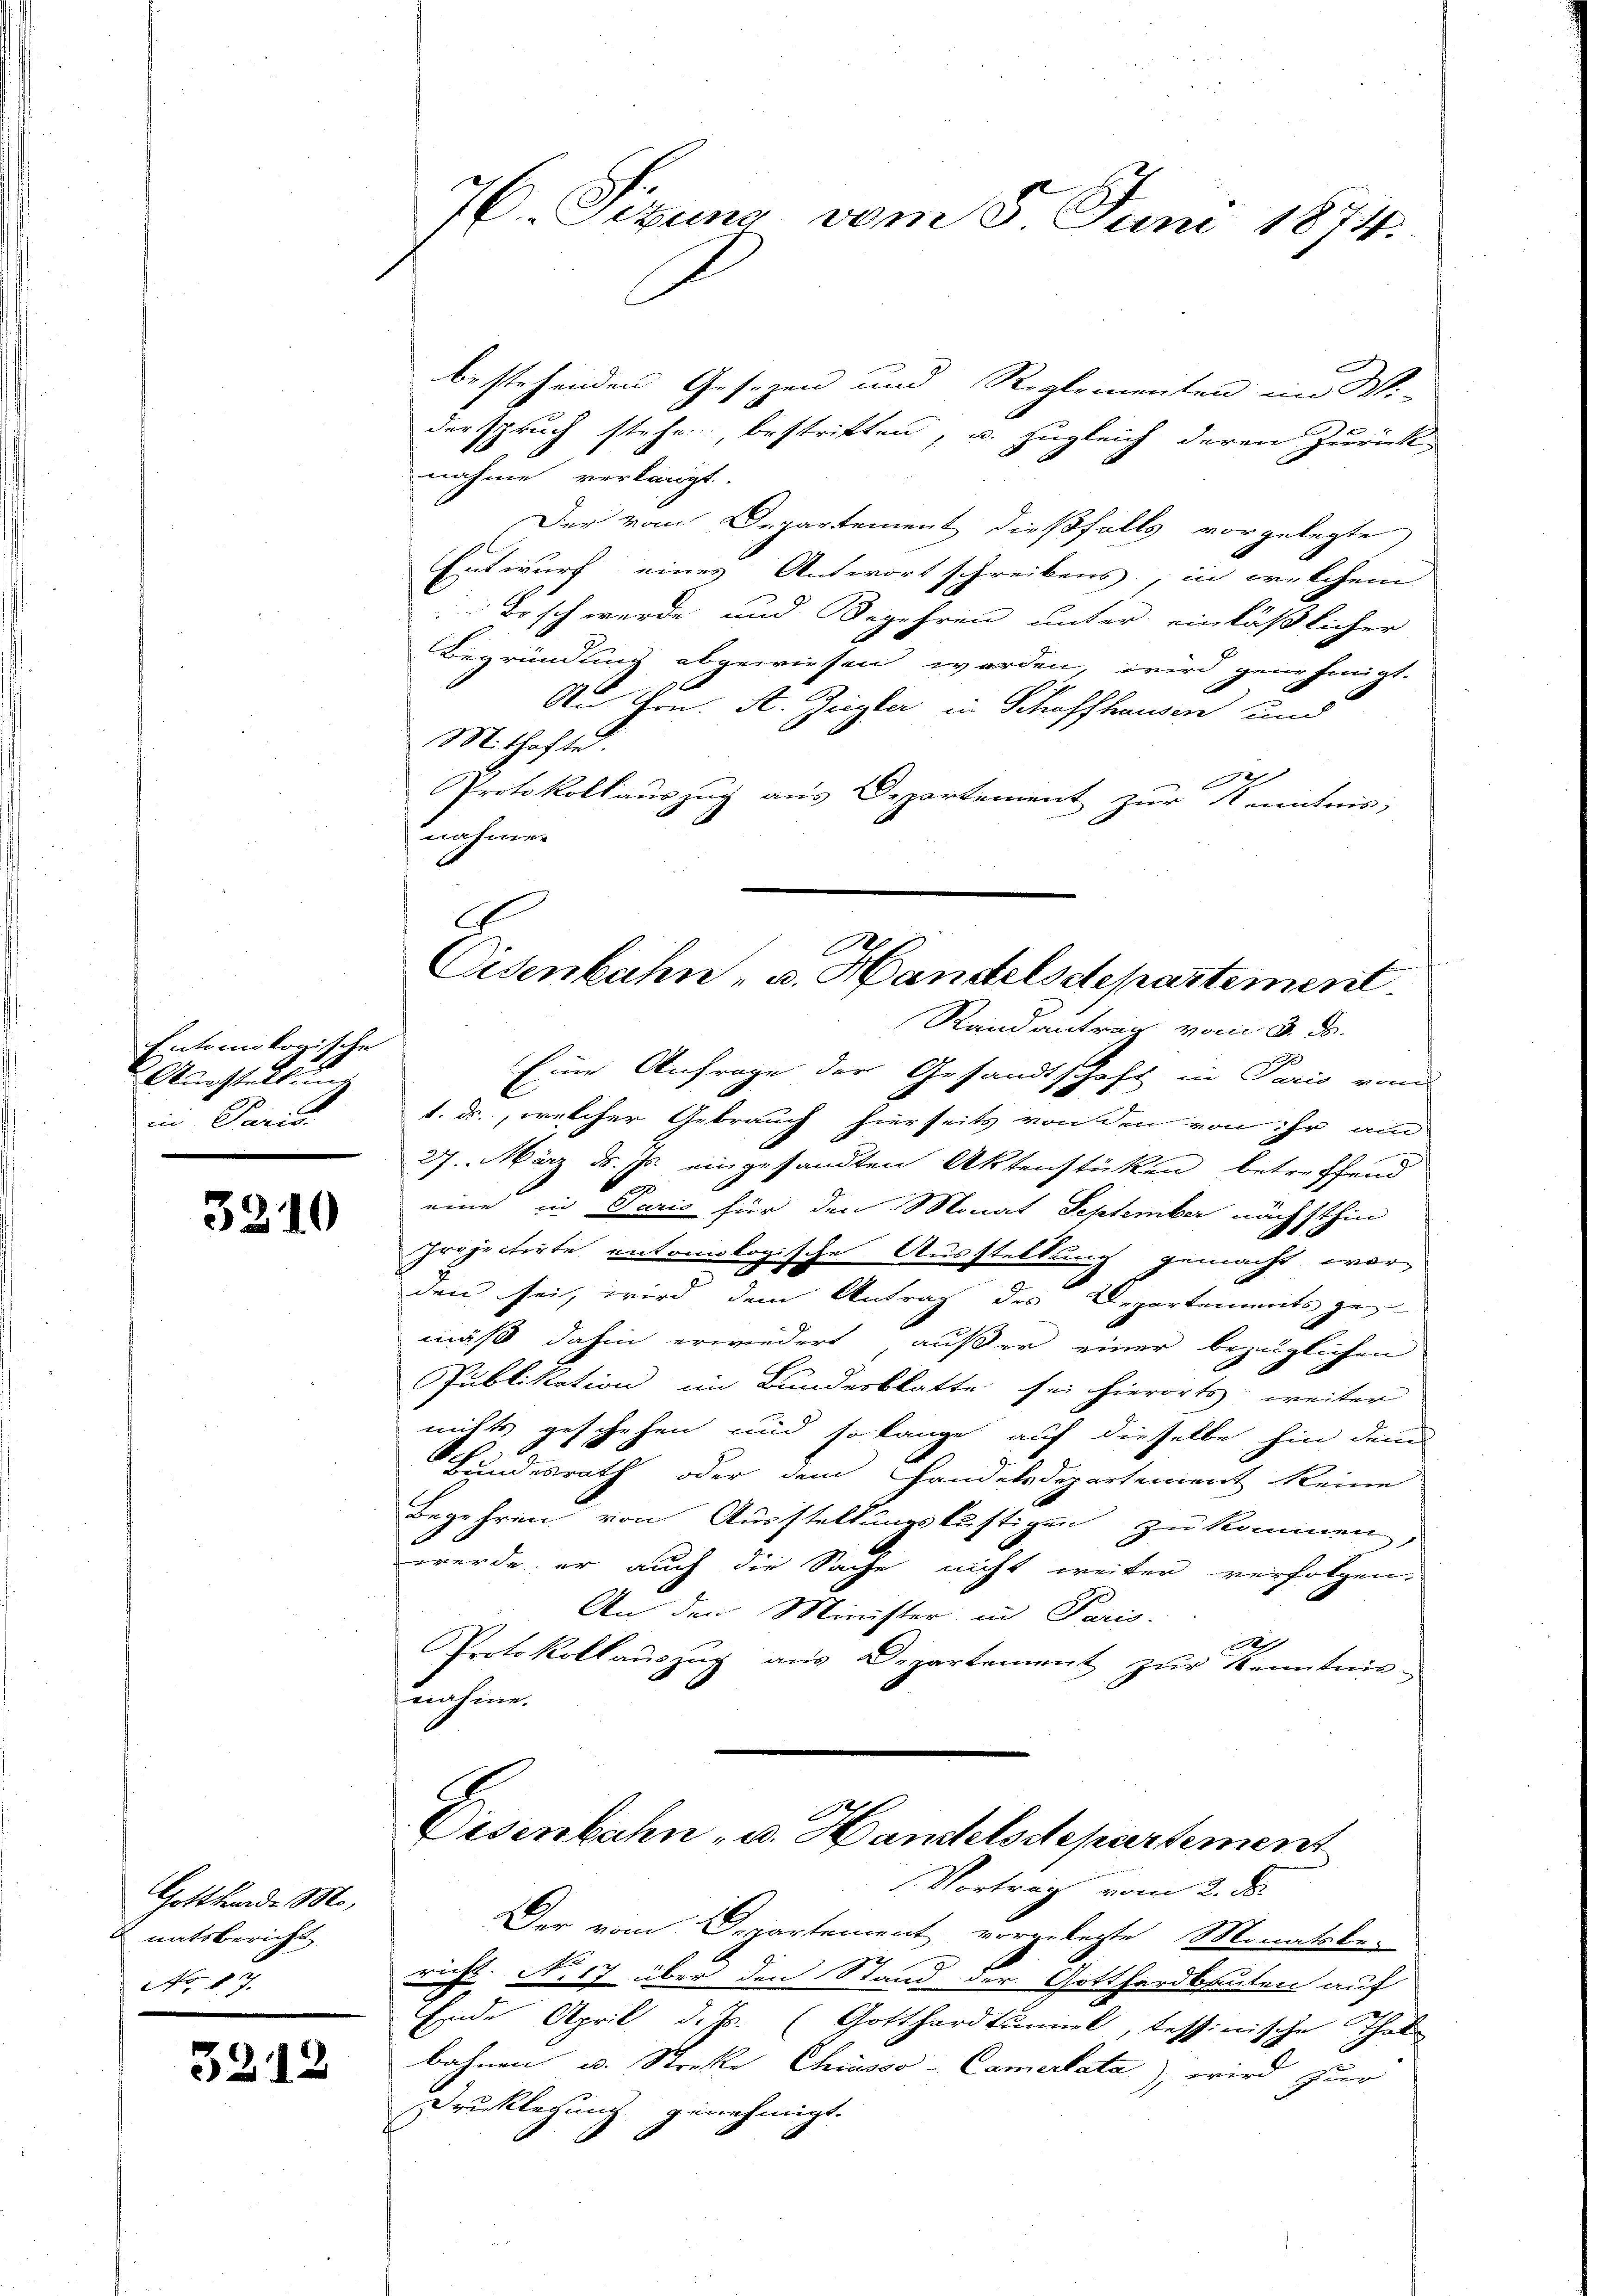
Entomikogische
Auestelles
in Paris
.

3210

Gottkunde M.
natsbericht
No. 87.

3212

76 Sizung vom 5. Juni 1874.

Eisenbahn- u. Handelsstepartement.
Randantrag vom 3. d.

bestehenden Gesetzen und Reglementen im Wi-
derspruch stehe bestritten, u. zugleich deren Zurück-
nahme verlangt.
Der vom Departement dießfalls vorgelegte
Entwurf eines Antwort schreibens, in welchem
Beschwerde und Begehren unter einläßlicher
Begründung abgewiesen worden, wird genehmigt.
 An Hrn. A. Ziegler in Schaffhausen und
Mithafte
1
Protokollauszug aus Departement zur Kenntnis,
nahmen
Eine Anfrage der Gesandtschaft in Paris von
1. ds., welcher Gebrauch hierseits von den von ihr am
27. März d. Js. eingesandten Aktenstücken, betreffend
eine in Paris für den Monat September nächsthin
Projectirte entomologische Ausstellung gemacht worden sei, wird dem Antrag des Departements gemäß dahin erwiedert außer einer bezüglichen
Publikation im Bundesblatte sei hierorts weiter
nichts geschehen und so lange auf dieselbe hin den
Bundesrath oder dem Handelsdepartement keine
Begehren von Ausstellungslustigen zu kommen,
f
werde er auch die Sache nicht weiter verfolgen.
An den Minister in Paris.
d
Protokollaŭszŭg aŭs Departement zŭr Kenntnis-
nnahmen
Disenbahn - u. Handelsdepartement
Vortrag vom 2. ds.
Der vom Departement vorgelegte Monatsbe-
richt. No 17 über den Stand der Gotthardbauten auf
Ende April d. Js. (Gotthardtunnel, tessinische That
bahnen u. Streke Chiasso -Camertata), wird zur
Drucklegung genehmigt.